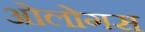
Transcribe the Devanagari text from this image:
ओलोगस